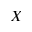
X